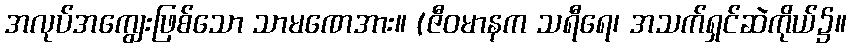
အလုပ်အကျွေးဖြစ်သော သာမဏေအား။ (ဇီဝမာနက သရီရေ၊ အသက်ရှင်ဆဲကိုယ်၌။